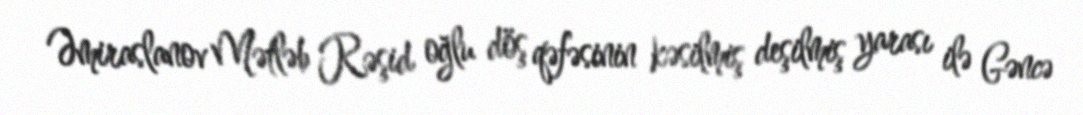
Əmiraslanov Mətləb Rəşid oğlu döş qəfəsinin kəsilmiş deşilmiş yarası ilə Gəncə